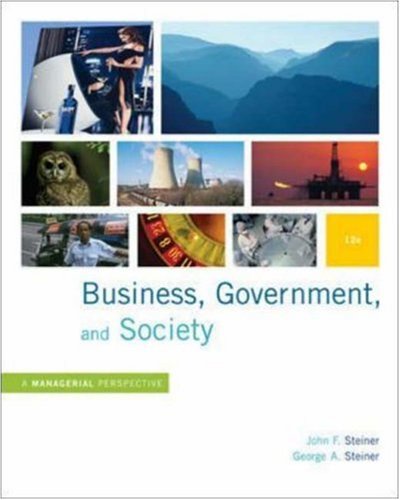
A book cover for Business, Government and Society: A Managerial Perspective, Text and Cases, 12th Edition; John F. Steiner; Business & Money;